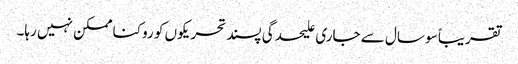
تقریباً سو سال سے جاری علیحدگی پسند تحریکوں کو روکنا ممکن نہیں رہا۔